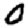
Digit: 0